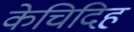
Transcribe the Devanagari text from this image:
केचिदिह